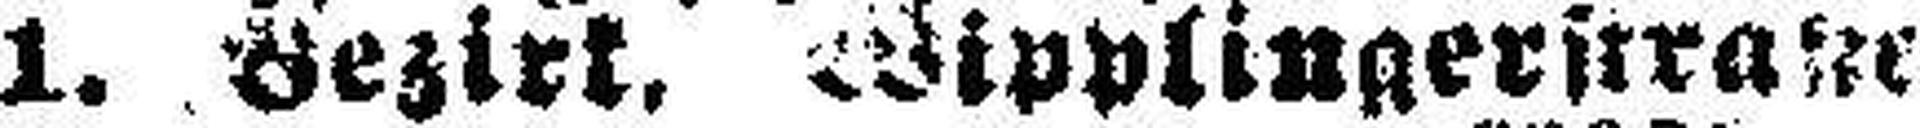
1. Bezirk, Wipplingerstraße